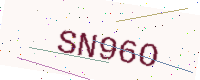
Text: SN96O